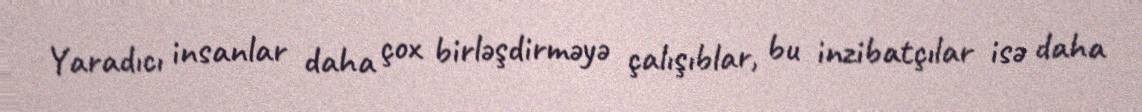
Yaradıcı insanlar daha çox birləşdirməyə çalışıblar, bu inzibatçılar isə daha